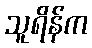
သူရိန်က